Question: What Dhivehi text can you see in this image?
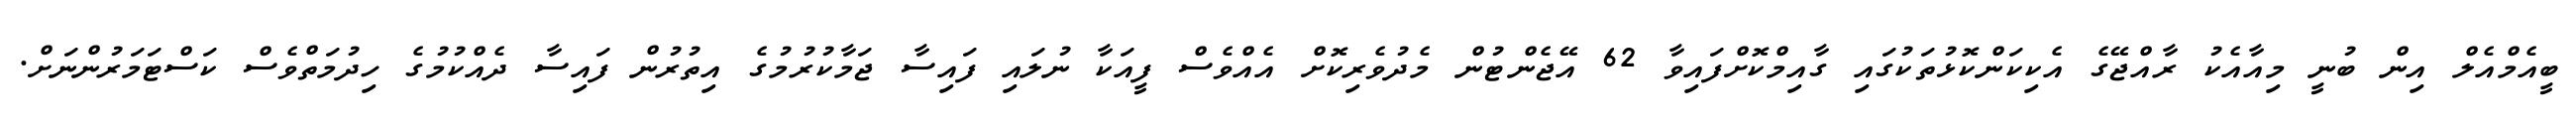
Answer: ބީއެމްއެލް އިން ބުނީ މިއާއެކު ރާއްޖޭގެ އެކިކަންކޮޅުތަކުގައި ގާއިމްކޮށްފައިވާ 62 އޭޖެންޓުން މެދުވެރިކޮށް އެއްވެސް ފީއަކާ ނުލައި ފައިސާ ޖަމާކުރުމުގެ އިތުރުން ފައިސާ ދެއްކުމުގެ ހިދުމަތްވެސް ކަސްޓަމަރުންނަށް.